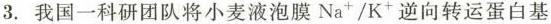
3. 我国一科研团队将小麦液泡膜Na^{+}/K^{+ }逆向转运蛋白基